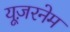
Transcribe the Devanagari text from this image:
यूज़रनेम